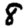
Digit: 8